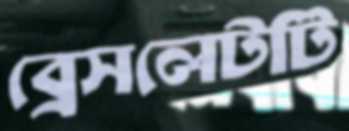
ব্রেসলেটটি